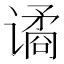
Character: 谲